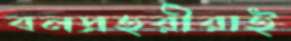
বনপ্রহরীরাই